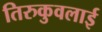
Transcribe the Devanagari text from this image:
तिरुकुवलाई